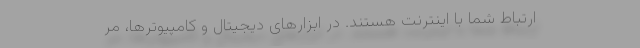
ارتباط شما با اینترنت هستند. در ابزارهای دیجیتال و کامپیوترها، مر